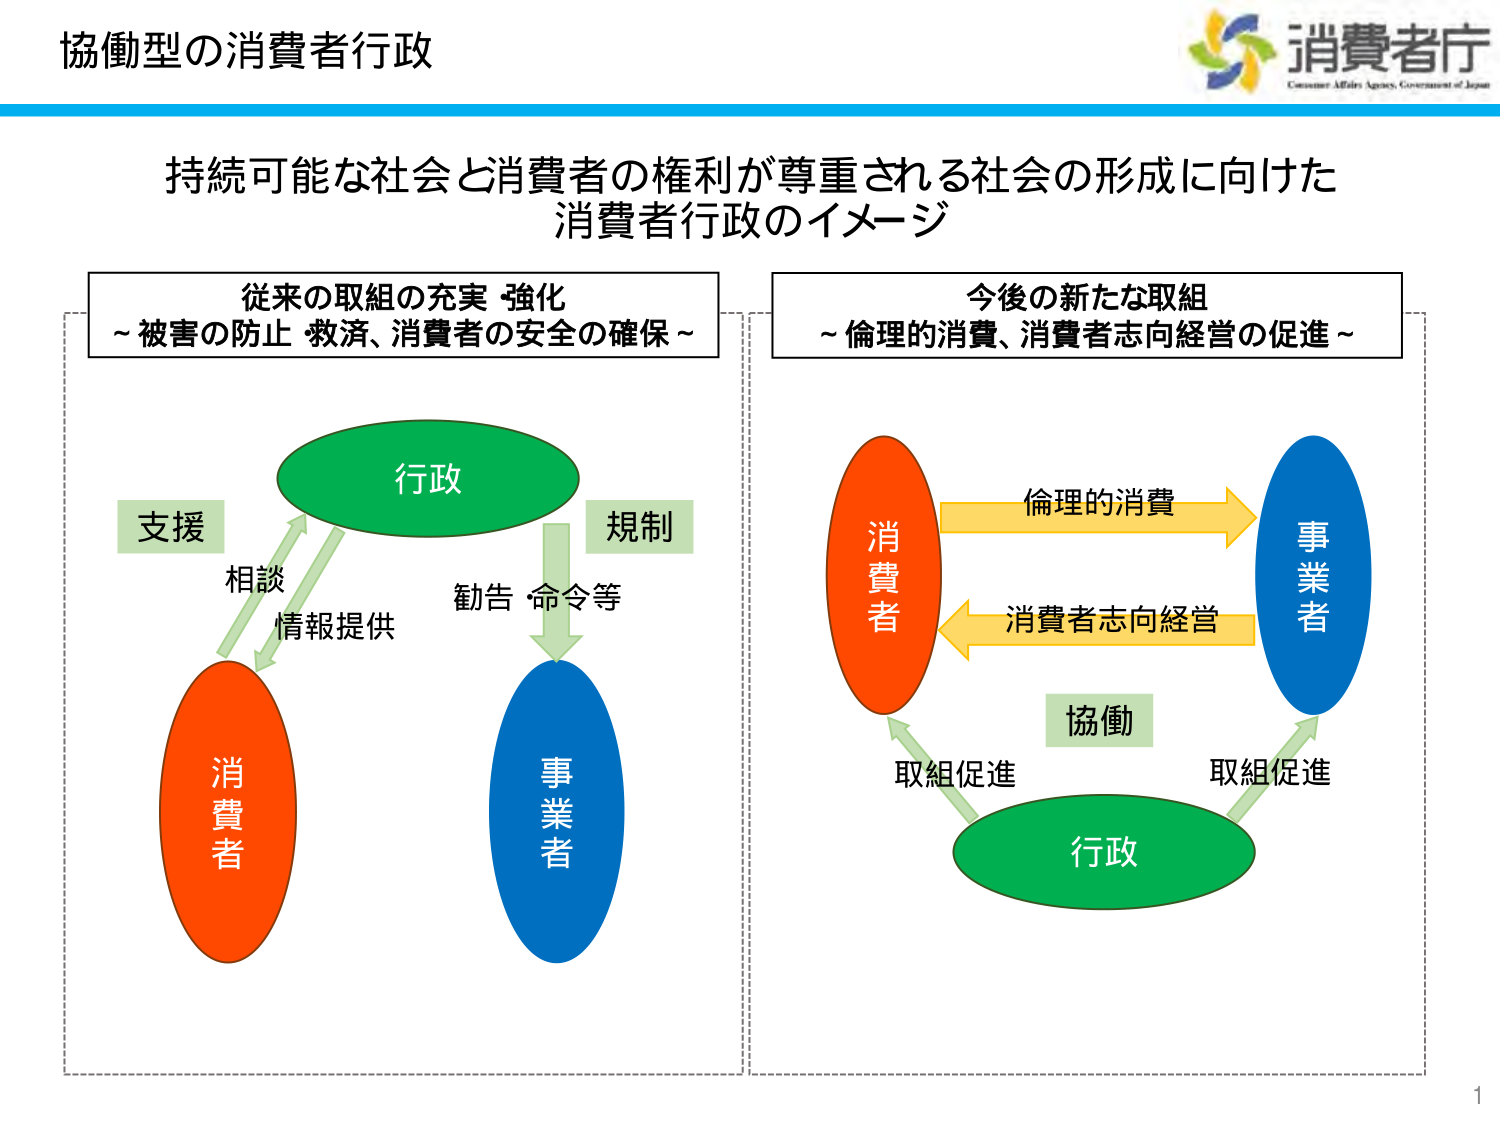
協働型の消費者行政

消費者庁
Consumer Affairs Agency, Government of Japan

持続可能な社会と消費者の権利が尊重される社会の形成に向けた
消費者行政のイメージ

従来の取組の充実・強化
～被害の防止・救済、消費者の安全の確保～

行政
支援
相談
情報提供
勧告・命令等
規制
消費者
事業者

今後の新たな取組
～倫理的消費、消費者志向経営の促進～

消費者
倫理的消費
事業者
消費者志向経営
協働
取組促進
行政
取組促進

1